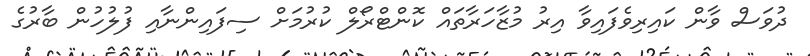
ދުވަސް ވާން ކައިރިވެފައިވާ އިރު މުޒާހަރާތައް ކޮންޓްރޯލް ކުރުމަށް ސިފައިންނާއި ފުލުހުން ބާރުގެ